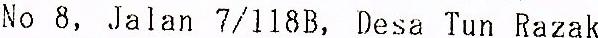
NO 8. JALAN 7/118B, DESA TUN RAZAK